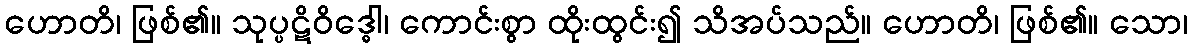
ဟောတိ၊ ဖြစ်၏။ သုပ္ပဋိဝိဒ္ဓေါ၊ ကောင်းစွာ ထိုးထွင်း၍ သိအပ်သည်။ ဟောတိ၊ ဖြစ်၏။ သော၊